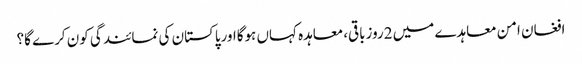
افغان امن معاہدے میں 2روزباقی،معاہدہ کہاں ہوگااورپاکستان کی نمائندگی کون کرے گا؟